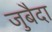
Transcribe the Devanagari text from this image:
जुबैदा